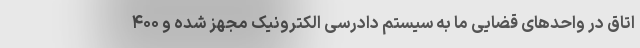
اتاق در واحدهای قضایی ما به سیستم دادرسی الکترونیک مجهز شده و ۴۰۰